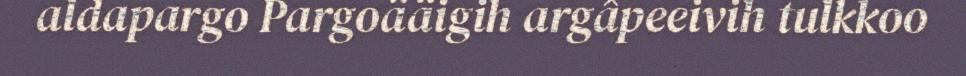
aldapargo Pargoääigih argâpeeivih tulkkoo